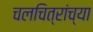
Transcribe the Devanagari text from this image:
चलचित्रांच्या